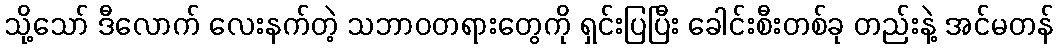
သို့သော် ဒီလောက် လေးနက်တဲ့ သဘာဝတရားတွေကို ရှင်းပြပြီး ခေါင်းစီးတစ်ခု တည်းနဲ့ အင်မတန်